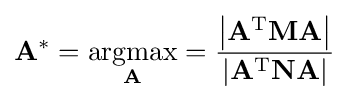
\mathbf {A} ^{*}={\underset {\mathbf {A} }{\operatorname {argmax} }}={\frac {\left|\mathbf {A} ^{\text{T}}\mathbf {M} \mathbf {A} \right|}{\left|\mathbf {A} ^{\text{T}}\mathbf {N} \mathbf {A} \right|}}